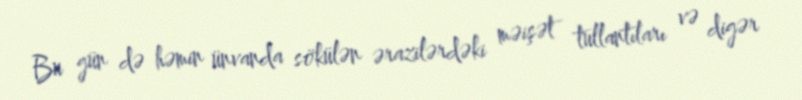
Bu gün də həmin ünvanda sökülən ərazilərdəki məişət tullantıları və digər